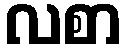
လစာ